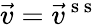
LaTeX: \vec{v}=\vec{v}^{\mathrm{~s~s~}}